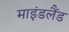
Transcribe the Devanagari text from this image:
माइंडलैंड